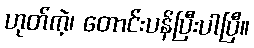
ဟုတ်ကဲ့၊ တောင်းပန်ပြီးပါပြီ။